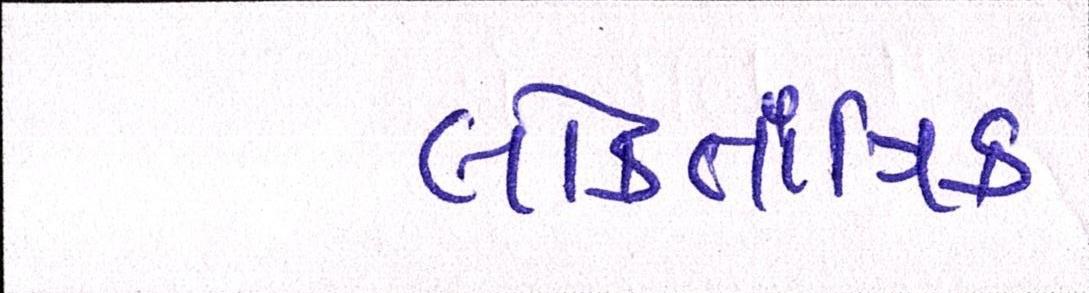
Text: લોકતાંત્રિક